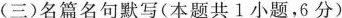
( 三 )名篇名句默写 ( 本题共 1 小题，6 分 )